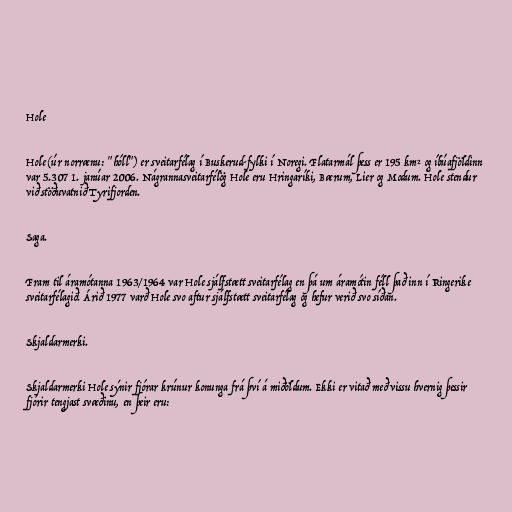
Hole

Hole (úr norrænu: "hóll") er sveitarfélag í Buskerud-fylki í Noregi. Flatarmál þess er 195 km² og íbúafjöldinn
var 5.307 1. janúar 2006. Nágrannasveitarfélög Hole eru Hringaríki, Bærum, Lier og Modum. Hole stendur
við stöðuvatnið Tyrifjorden.

Saga.

Fram til áramótanna 1963/1964 var Hole sjálfstætt sveitarfélag en þá um áramótin féll það inn í Ringerike
sveitarfélagið. Árið 1977 varð Hole svo aftur sjálfstætt sveitarfélag og hefur verið svo síðan.

Skjaldarmerki.

Skjaldarmerki Hole sýnir fjórar krúnur konunga frá því á miðöldum. Ekki er vitað með vissu hvernig þessir
fjórir tengjast svæðinu, en þeir eru: